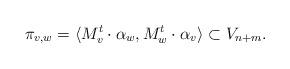
LaTeX: \begin{align*}\pi_{v,w} = \langle M_v^t\cdot \alpha_w,M_w^t\cdot \alpha_v \rangle \subset V_{n+m}. \end{align*}